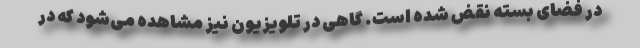
در فضای بسته نقض شده است. گاهی در تلویزیون نیز مشاهده می‌شود که در